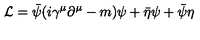
{ \cal L } = \bar { \psi } ( i \gamma ^ { \mu } \partial ^ { \mu } - m ) \psi + \bar { \eta } \psi + \bar { \psi } \eta